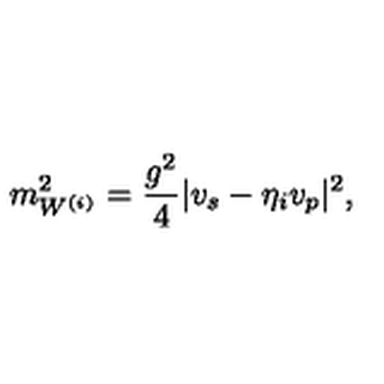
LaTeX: m _ { W ^ { ( i ) } } ^ { 2 } = \frac { g ^ { 2 } } { 4 } | v _ { s } - \eta _ { i } v _ { p } | ^ { 2 } ,